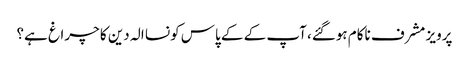
پرویز مشرف ناکام ہوگئے، آپ کے کے پاس کونسا الہ دین کا چراغ ہے؟